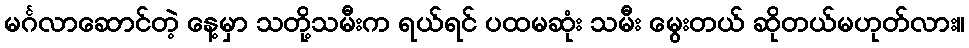
မင်္ဂလာဆောင်တဲ့ နေ့မှာ သတို့သမီးက ရယ်ရင် ပထမဆုံး သမီး မွေးတယ် ဆိုတယ်မဟုတ်လား။